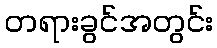
တရားခွင်အတွင်း